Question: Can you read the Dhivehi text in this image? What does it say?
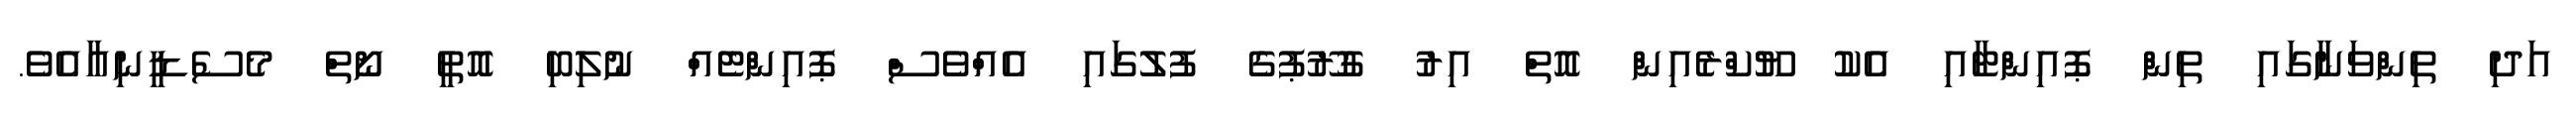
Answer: އަދި ތިންވަނާގައި ތިން ޕޮއިންޓާއި އެކު ޔޫކްރެއިން އޮތް އިރު ގުރޫޕުގެ ފުލުގައި އެއްވެސް ޕޮއިންޓެއް ނުލިބި އޮތީ ނޯތް މެސެޑީނިއާއެވެ.